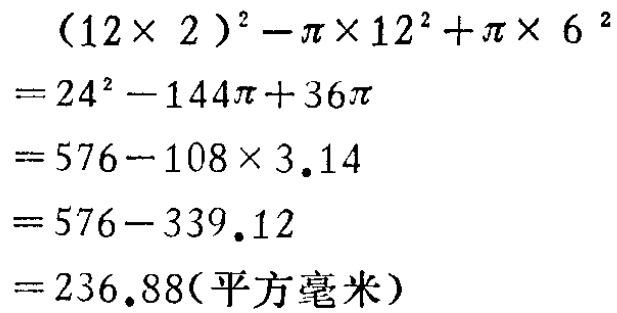
\[

\begin{align*}

&(12\times 2)^{2}-\pi\times 12^{2}+\pi\times 6^{2}\\

=&24^{2}-144\pi + 36\pi\\

=&576-108\times 3.14\\

=&576 - 339.12\\

=&236.88(\text{平方毫米})

\end{align*}

\]